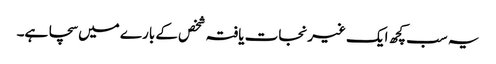
یہ سب کچھ ایک غیرنجات یافتہ شخص کے بارے میں سچا ہے۔